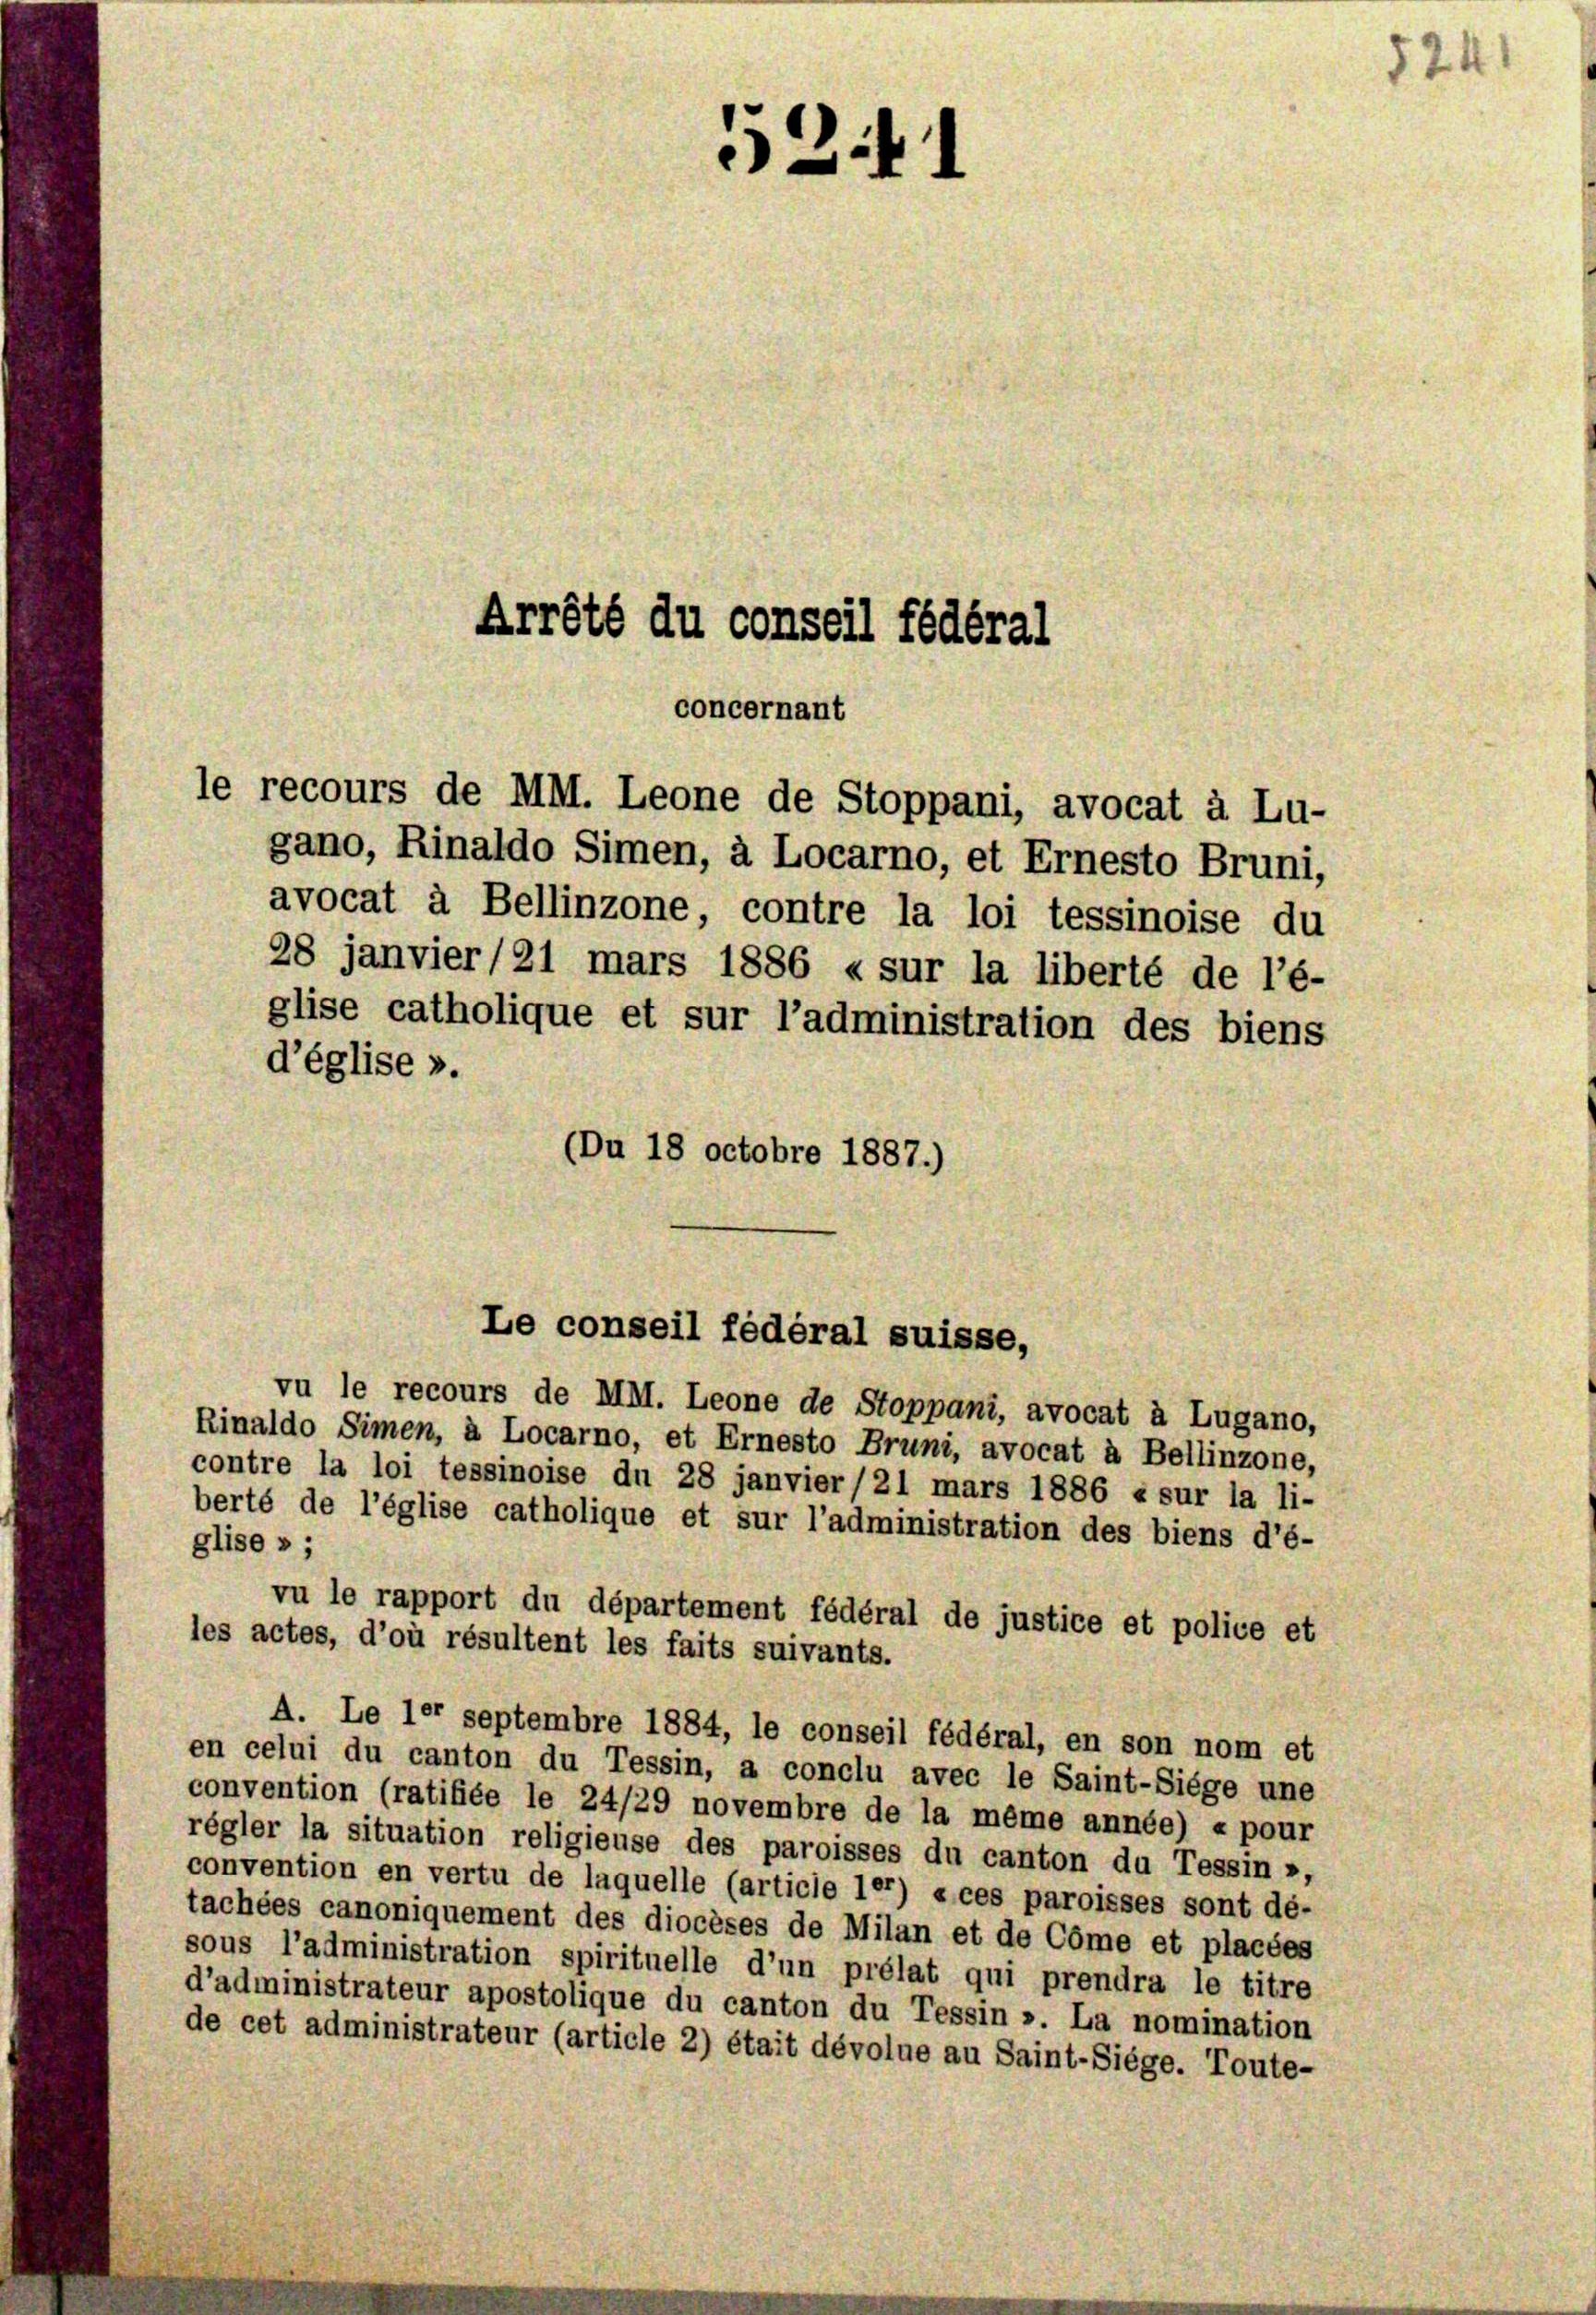
241

Arrété du conseil fédéral
concernant
le recours de MM. Leone de Stoppani, avocat à Lu-

gano, Rinaldo Simen, à Locarno, et Ernesto Bruni,
avocat à Bellinzone, contre la loi tessinoise du
28 janvier (21 mars 1886 « sur la liberté de l’é-
glise catholique et sur l’administration des biens
d’église ».
(Du 18 octobre 1887.)

Le conseil fédéral suisse,

vu le recours de MI. Leone de Stoppani, avocat à Lugano,
Rinaldo Simen, à Locarno, et Ernesto Bruni, avocat à Bellinzone,
contre la loi tessinoise du 28 janvier/21 mars 1886 « sur la li-
berté de l’église catholique et sur l’administration des biens d’é-
glise » ;
vu le rapport du département fédéral de justice et police et
les actes, d’où résultent les faits suivants.
A. Le ler septembre 1884, le conseil fédéral, en son nom et
en celui du canton du Tessin, a conclu avec le Saint-Siege une
convention (ratifiée le 24/29 novembre de la même année) « pour
régler la situation religieuse des paroisses du canton du Tessin »,
convention en vertu de laquelle (article 1er) «ces paroisses sont dé-
tachées canoniquement des diocèses de Milan et de Cöme et placées
sous l’administration spirituelle d’un prélat qui prendra le titre
d’administrateur apostolique du canton du Tessin ». La nomination
de cet administrateur (article 2) était dévolue au Saint-Siege. Toute-

1241